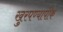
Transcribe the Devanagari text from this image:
खुरपण्यापीक